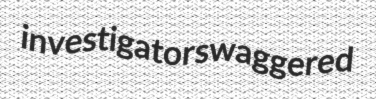
investigator swaggered